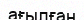
ағылған